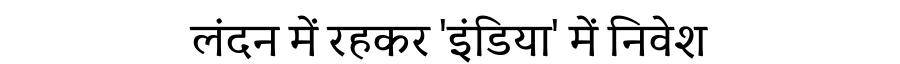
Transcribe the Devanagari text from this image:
लंदन में रहकर 'इंडिया' में निवेश